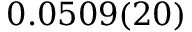
0 . 0 5 0 9 ( 2 0 )